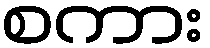
စကား